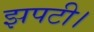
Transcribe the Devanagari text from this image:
झपटी।